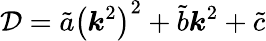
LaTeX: \mathcal{D}=\tilde{a}\left(\boldsymbol{k}^{2}\right)^{2}+\tilde{b}\boldsymbol{k}^{2}+\tilde{c}